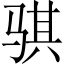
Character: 骐